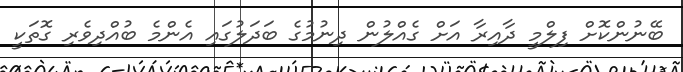
ބޭނުންކޮށް ފިލްމީ ދާއިރާ އަށް ގެއްލުން ދިނުމުގެ ބަދަލުގައި އެންމެ ބުއްދިވެރި ގޮތަކީ